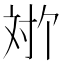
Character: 𫴬